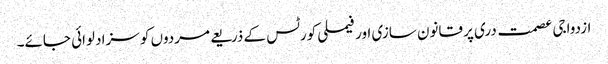
ازدواجی عصمت دری پر قانون سازی اور فیملی کورٹس کے ذریعے مردوں کو سزا دلوائی جائے۔